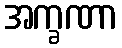
အက္ခဏာ